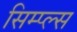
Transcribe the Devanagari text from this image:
सिम्प्ल्स